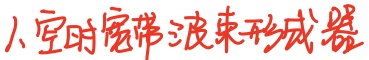
人空时宽带波束形成器